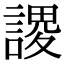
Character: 謖